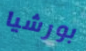
بورشيا